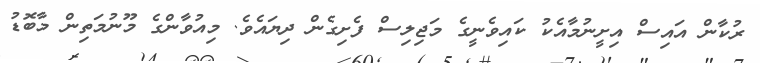
ރުކާން އައިސް އިށީނުމާއެކު ކައިވެނީގެ މަޖިލިސް ފެށިގެން ދިޔައެވެ. މިއުވާންގެ މޫނުމަތިން މާބޮޑު